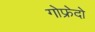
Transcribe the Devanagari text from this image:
गोफ्रेदो